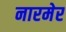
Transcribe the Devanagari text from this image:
नारमेर